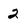
Character: 2